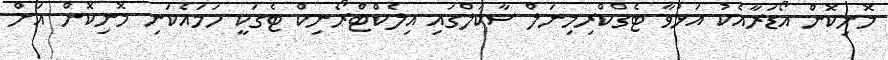
މޮނިކޮން އޯޑަރާއެކު އަޅުވާ ޓެގްކްރިމިނަލް ސާކަލްގައި އިލެކްޓްރޯނިކް ޓެގަކީ ހަމައެކަނި މޮނިކޮން އަށް